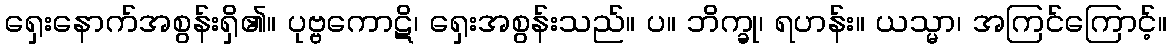
ရှေးနောက်အစွန်းရှိ၏။ ပုဗ္ဗကောဋိ၊ ရှေးအစွန်းသည်။ ပ။ ဘိက္ခု၊ ရဟန်း။ ယသ္မာ၊ အကြင်ကြောင့်။